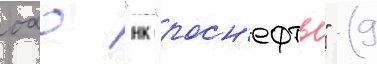
оао "нк "росн'ефть" (9